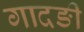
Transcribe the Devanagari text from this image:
गादङी